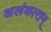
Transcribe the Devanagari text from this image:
अलंकारान्